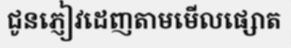
ជូនភ្ញៀវដេញតាមមើលផ្សោត